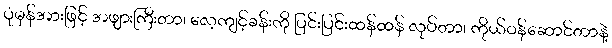
ပုံမှန်အားဖြင့် အဖျားကြီးတာ၊ လေ့ကျင့်ခန်းကို ပြင်းပြင်းထန်ထန် လုပ်တာ၊ ကိုယ်ဝန်ဆောင်တာနဲ့